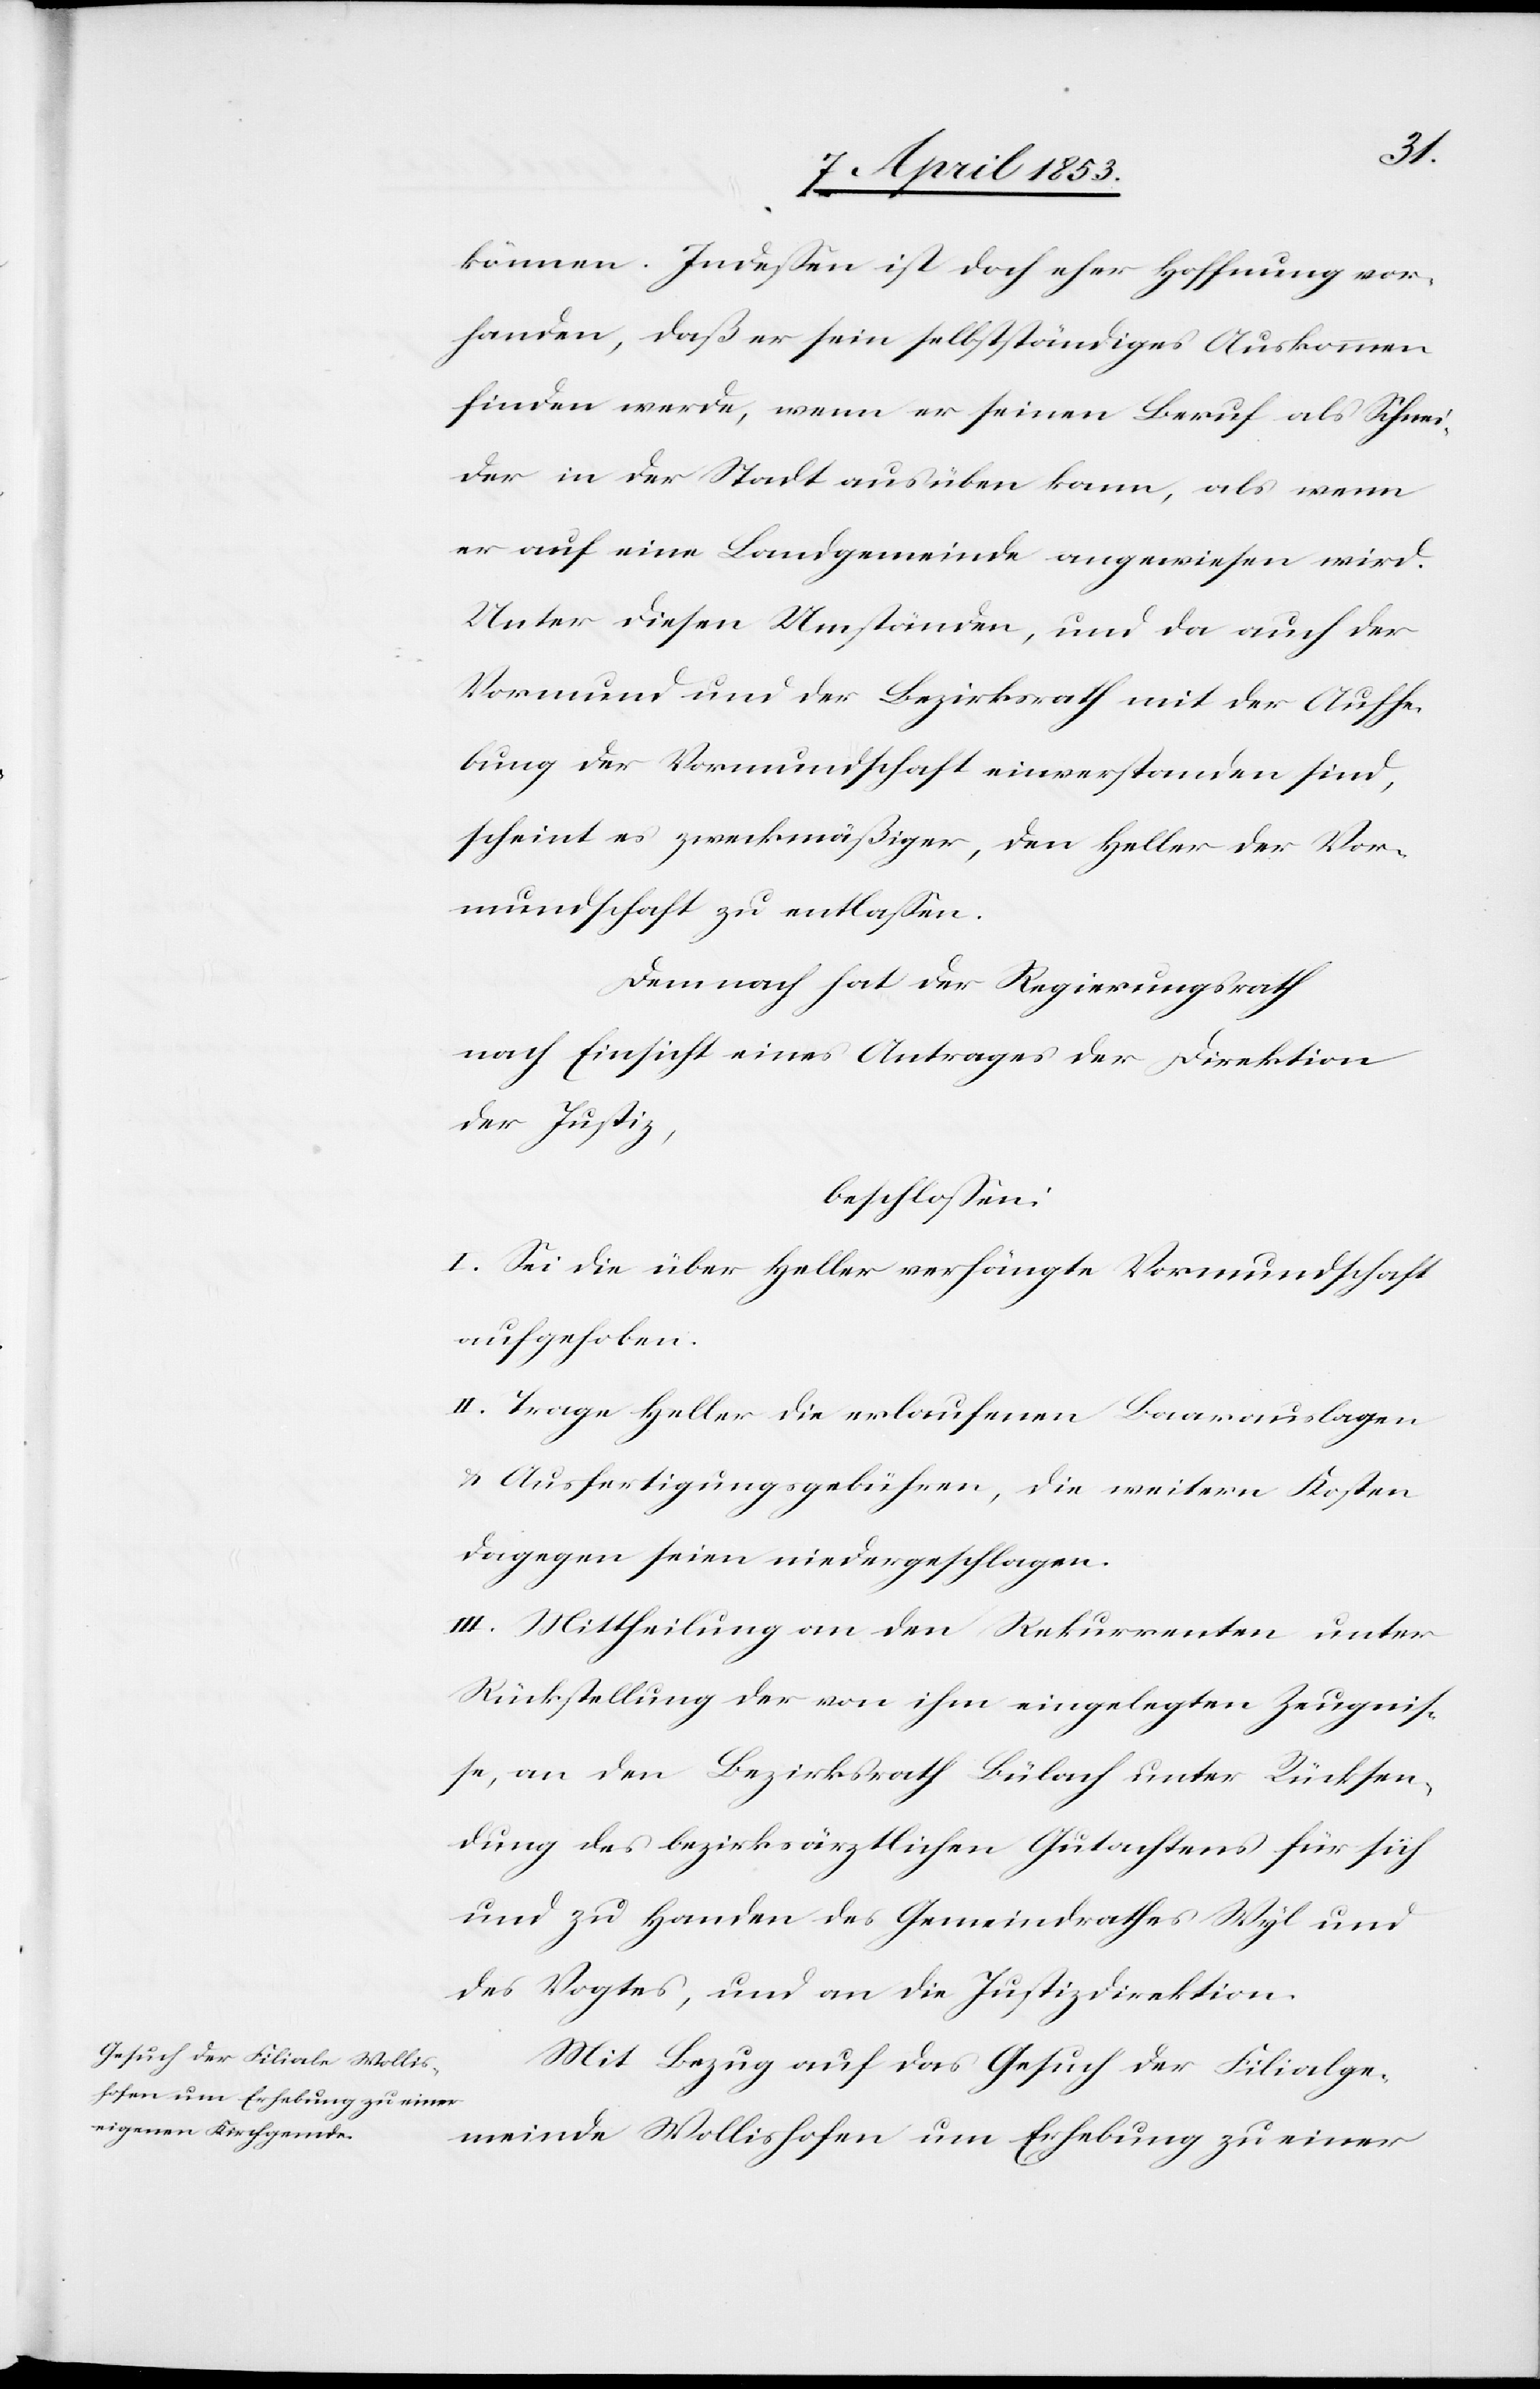
können. Indeßen ist doch eher Hoffnung vor¬
handen, daß er sein selbständiges Auskommen
finden werde, wenn er seinen Beruf als Schnei¬
der in der Stadt ausüben kann, als wenn
er auf eine Landgemeinde angewiesen wird.
Unter diesen Umständen, und da auch der
Vormund und der Bezirksrath mit der Aufhe¬
bung der Vormundschaft einverstanden sind,
scheint es zweckmäßiger, den Heller [aus] der Vor¬
mundschaft zu entlassen.
Demnach hat der Regierungsrath
nach Einsicht eines Antrages der Direktion¬
der Justiz,
beschlossen:
I. Sei die über Heller verhängte Vormundschaft
aufgehoben.
II. Trage Heller die erlaufenen Baarauslagen
u. Ausfertigungsgebühren, die weitern Kosten
dagegen seien niedergeschlagen.
III. Mittheilung an den Rekurrenten unter
Rückstellung der von ihm eingelegten Zeugnis¬
se, an den Bezirksrath Bülach unter Rücksen¬
dung des bezirksräthlichen Gutachtens für sich
und zu Handen des Gemeindrathes Wyl und
des Vogtes, und an die Justizdirektion.
Mit Bezug auf das Gesuch der Filialge¬
meinde Wollishofen um Erhebung zu einer